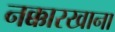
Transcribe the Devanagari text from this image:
नक्कारखाना